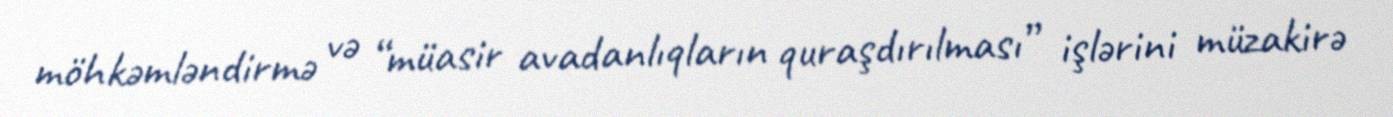
möhkəmləndirmə və “müasir avadanlıqların quraşdırılması” işlərini müzakirə